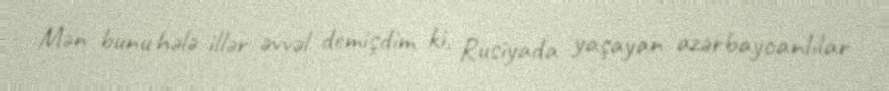
Mən bunu hələ illər əvvəl demişdim ki, Rusiyada yaşayan azərbaycanlılar